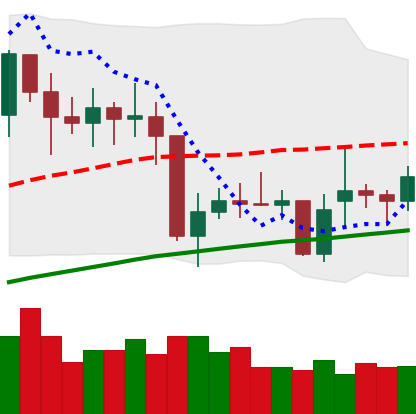
Ticker: XMR-USD
Chart end date: 2021-02-01
Forward return: 6.164%
Label: up_5_7